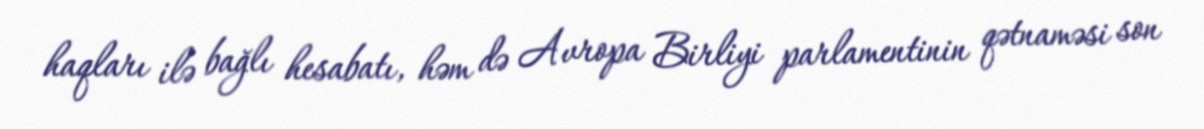
haqları ilə bağlı hesabatı, həm də Avropa Birliyi parlamentinin qətnaməsi son